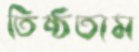
তিষ্ঠতাম